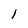
Character: l